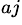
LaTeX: ^{aj}